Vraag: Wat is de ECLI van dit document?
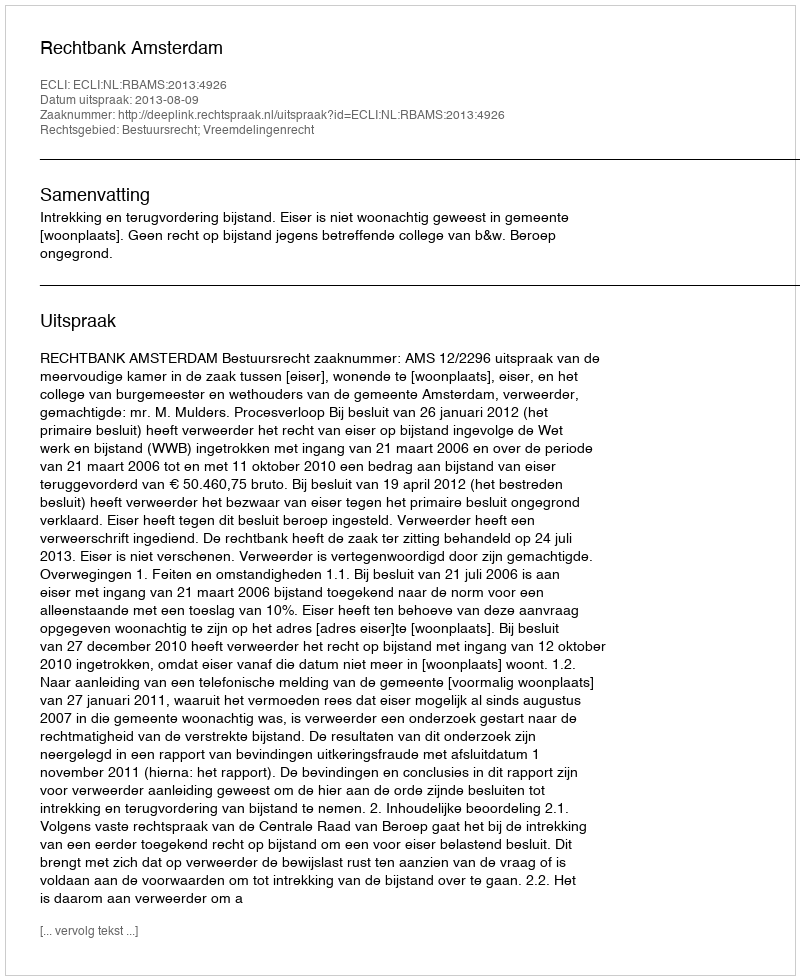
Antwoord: ECLI:NL:RBAMS:2013:4926